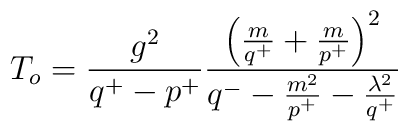
T_o = \frac{g^2}{q^+-p^+}\frac{\left(\frac{m}{q^+}+\frac{m}{p^+}\right)^2}{q^- - \frac{m^2}{p^+} - \frac{\lambda^2}{q^+} }